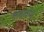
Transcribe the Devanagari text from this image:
लढवणं